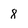
Character: 8